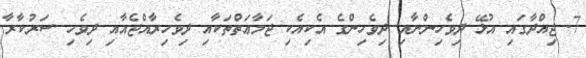
7. ޖިއްދާގައި އުޅޭ ދިވެހިންނާއި ދިވެހިންގެ އެކިއެކި ޖަމާޢަތްތަކާއި ދިވެހިރާއްޖެއާއި ދިވެހި ސަރުކާރާ